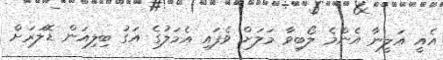
އެއީ އަލީނާ އެންމެ ލޯބިވާ މަލަށް ވެފައި އެމަލުގެ އަގު ބިލިއަން ޑޮލަރަށް